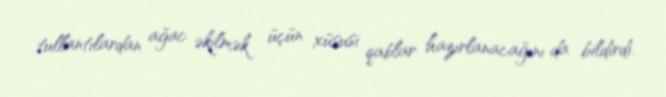
tullantılardan ağac əkilmək üçün xüsusi qablar hazırlanacağını da bildirdi.